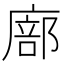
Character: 廍